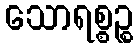
သောရစ္စဉ္စ